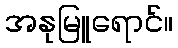
အနုမြူရောင်။